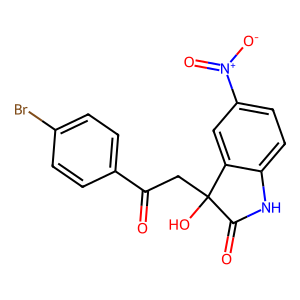
SMILES: O=C(CC1(O)C(=O)Nc2ccc([N+](=O)[O-])cc21)c1ccc(Br)cc1
Inhibits HIV replication: No